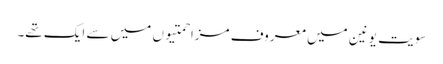
سویت یونین میں معروف مزاحمتیوں میں سے ایک تھے۔